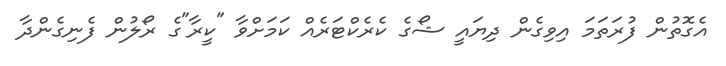
އެގޮތުން ފުރަތަމަ އިވިގެން ދިޔައީ ޝޯގެ ކެރެކްޓަރެއް ކަމަށްވާ "ކީރާ"ގެ ރޯލުން ފެނިގެންދާ